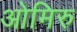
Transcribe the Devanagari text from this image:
ओमिरु